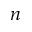
n